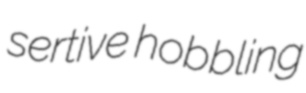
sertive hobbling